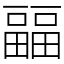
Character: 㽬